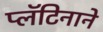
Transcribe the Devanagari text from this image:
प्लॅटिनाने